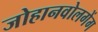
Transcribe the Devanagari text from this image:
जोहानवोलगेंग